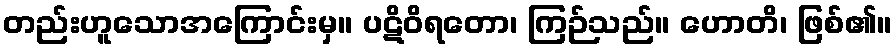
တည်းဟူသောအကြောင်းမှ။ ပဋိဝိရတော၊ ကြဉ်သည်။ ဟောတိ၊ ဖြစ်၏။